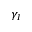
\gamma _ { I }